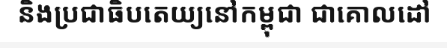
និងប្រជាធិបតេយ្យនៅកម្ពុជា ជាគោលដៅ